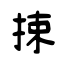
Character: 捒